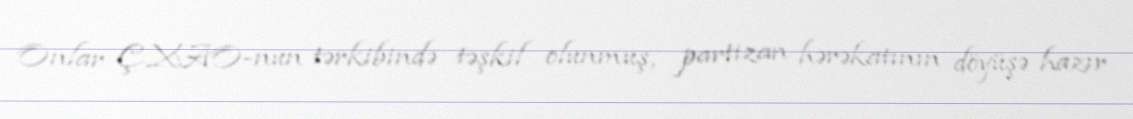
Onlar ÇXAO-nun tərkibində təşkil olunmuş, partizan hərəkatının döyüşə hazır